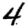
Digit: 4